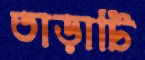
তাড়াটি